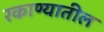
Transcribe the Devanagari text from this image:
रकाण्यातील